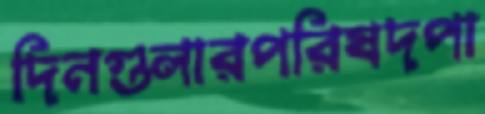
দিনগুলারপরিষদপা